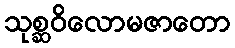
သုစ္ဆဝိလောမဇာတော